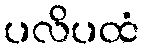
ပလိပထံ